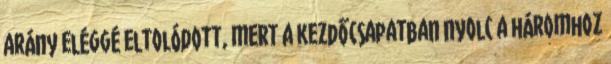
arány eléggé eltolódott, mert a kezdőcsapatban nyolc a háromhoz